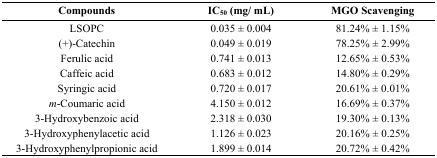
<table><thead><tr><td><b>Compounds</b></td><td><b>IC<sub>50</sub> (mg/ mL)</b></td><td><b>MGO Scavenging</b></td></tr></thead><tbody><tr><td>LSOPC</td><td>0.035 ± 0.004</td><td>81.24% ± 1.15%</td></tr><tr><td>(+)-Catechin</td><td>0.049 ± 0.019</td><td>78.25% ± 2.99%</td></tr><tr><td>Ferulic acid</td><td>0.741 ± 0.013</td><td>12.65% ± 0.53%</td></tr><tr><td>Caffeic acid</td><td>0.683 ± 0.012</td><td>14.80% ± 0.29%</td></tr><tr><td>Syringic acid</td><td>0.720 ± 0.017</td><td>20.61% ± 0.01%</td></tr><tr><td><i>m</i>-Coumaric acid</td><td>4.150 ± 0.012</td><td>16.69% ± 0.37%</td></tr><tr><td>3-Hydroxybenzoic acid</td><td>2.318 ± 0.030</td><td>19.30% ± 0.13%</td></tr><tr><td>3-Hydroxyphenylacetic acid</td><td>1.126 ± 0.023</td><td>20.16% ± 0.25%</td></tr><tr><td>3-Hydroxyphenylpropionic acid</td><td>1.899 ± 0.014</td><td>20.72% ± 0.42%</td></tr></tbody></table>